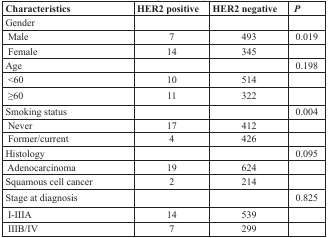
| Characteristics | HER2 positive | HER2 negative | P |
 | --- | --- | --- | --- |
 | Gender |  |  |  |
 | Male | 7 | 493 | 0.019 |
 | Female | 14 | 345 |  |
 | Age |  |  | 0.198 |
 | <60 | 10 | 514 |  |
 | ≥60 | 11 | 322 |  |
 | Smoking status |  |  | 0.004 |
 | Never | 17 | 412 |  |
 | Former/current | 4 | 426 |  |
 | Histology |  |  | 0.095 |
 | Adenocarcinoma | 19 | 624 |  |
 | Squamous cell cancer | 2 | 214 |  |
 | Stage at diagnosis |  |  | 0.825 |
 | I-IIIA | 14 | 539 |  |
 | IIIB/IV | 7 | 299 |  |